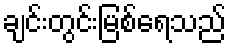
ချင်းတွင်းမြစ်ရေသည်